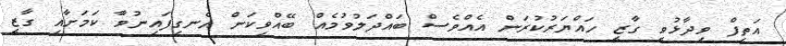
އަތީފް ވިދާޅުވީ ގާޒީ ހައްޔަރުކުރަން އެއްވެސް ބައްދަލުވުމެއް ބޭއްވިކަން އެނގިފައިނުވާ ކަމަށާއި ގާޒީ